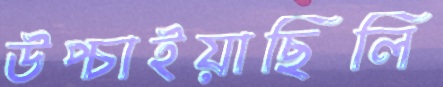
উপ্‌চাইয়াছিলি